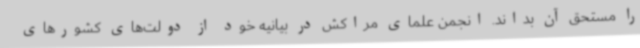
را مستحق آن بداند. انجمن علمای مراکش در بیانیه خود از دولت‌های کشورهای